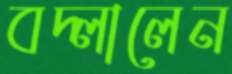
বদ্‌লালেন